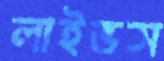
লাইভস